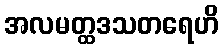
အလမတ္ထဒသတရေဟိ